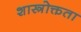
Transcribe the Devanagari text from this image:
शास्त्रोक्तता